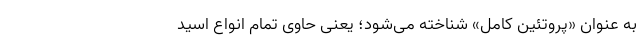
به عنوان «پروتئین کامل» شناخته می‌شود؛ یعنی حاوی تمام انواع اسید